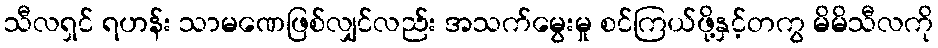
သီလရှင် ရဟန်း သာမဏေဖြစ်လျှင်လည်း အသက်မွေးမှု စင်ကြယ်ဖို့နှင့်တကွ မိမိသီလကို